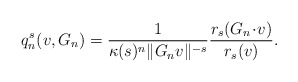
\begin{align*}q_{n}^{s}(v, G_n)=\frac{1}{\kappa(s)^{n} \|G_n v \|^{-s} }\frac{r_{s} (G_n \!\cdot\! v )}{r_{s}(v)}.\end{align*}